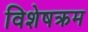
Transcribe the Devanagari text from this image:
विशेषक्रम